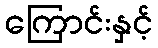
ကြောင်းနှင့်